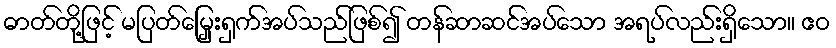
ဓာတ်တို့ဖြင့် မပြတ်မြှေးရှက်အပ်သည်ဖြစ်၍ တန်ဆာဆင်အပ်သော အရပ်လည်းရှိသော။ ဧဝ